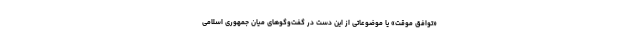
«توافق موقت» یا موضوعاتی از این دست در گفت‌وگوهای میان جمهوری اسلامی